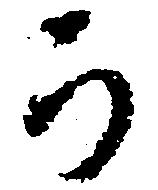
か